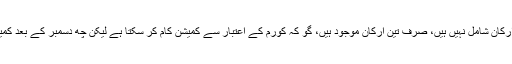
المیہ یہ ہے کہ اس وقت الیکشن کمیشن مکمل نہیں، اس میں فی الوقت سندھ اور بلوچستان کے ارکان شامل نہیں ہیں، صرف تین ارکان موجود ہیں، گو کہ کورم کے اعتبار سے کمیشن کام کر سکتا ہے لیکن چھ دسمبر کے بعد کمیشن غیرفعال ہو جائے گا کیونکہ اس تاریخ کو موجودہ چیف الیکشن کمشنر ریٹائر ہو رہے ہیں۔